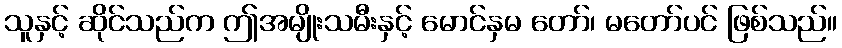
သူနှင့် ဆိုင်သည်က ဤအမျိုးသမီးနှင့် မောင်နှမ တော်၊ မတော်ပင် ဖြစ်သည်။